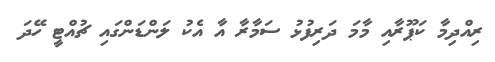
ރިއްދިމާ ކަޕޫރާއި މާމަ ދަރިފުޅު ސަމާރާ އާ އެކު ލަންޑަންގައި ޗުއްޓީ ހޭދަ